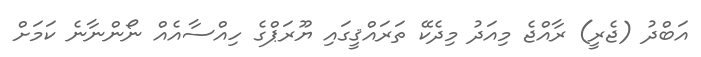
އަބްދު (ޖެރީ) ރާއްޖެ މިއަދު މިދެކޭ ތަރައްޤީގައި ޔޫރަޕްގެ ހިއްސާއެއް ނޯންނާނެ ކަމަށް